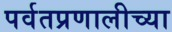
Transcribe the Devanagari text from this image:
पर्वतप्रणालीच्या